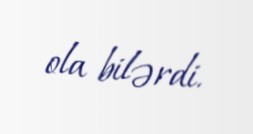
ola bilərdi.